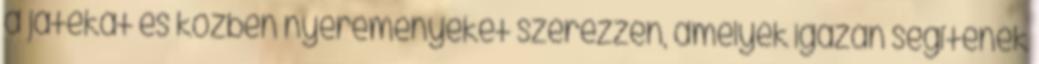
a játékát és közben nyereményeket szerezzen, amelyek igazán segítenek